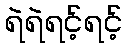
ရဲရဲရင့်ရင့်